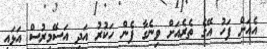
އެއަށް ފަހު އޭގެ ތެރެއަށް ވިނެގާ ފެން ހަކުރު އަދި އަސޭމިރުސް އަޅައި